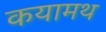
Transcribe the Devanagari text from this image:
कयामथ